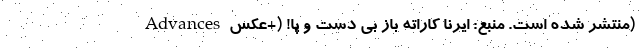
Advances منتشر شده است. منبع: ایرنا کاراته باز بی دست و پا! (+عکس)